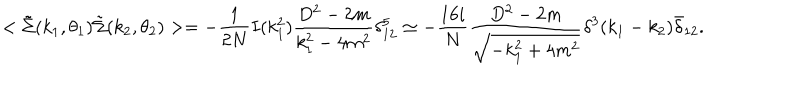
LaTeX: < \tilde { \Sigma } ( k _ { 1 } , \theta _ { 1 } ) \tilde { \Sigma } ( k _ { 2 } , \theta _ { 2 } ) > = - \frac { 1 } { 2 N } I ( k _ { 1 } ^ { 2 } ) \frac { D ^ { 2 } - 2 m } { k _ { 1 } ^ { 2 } - 4 m ^ { 2 } } \delta _ { 1 2 } ^ { 5 } \simeq - \frac { 1 6 i } { N } \frac { D ^ { 2 } - 2 m } { \sqrt { - k _ { 1 } ^ { 2 } + 4 m ^ { 2 } } } \delta ^ { 3 } ( k _ { 1 } - k _ { 2 } ) \bar { \delta } _ { 1 2 } .